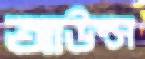
আউন্স